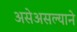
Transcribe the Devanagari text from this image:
असेअसल्याने